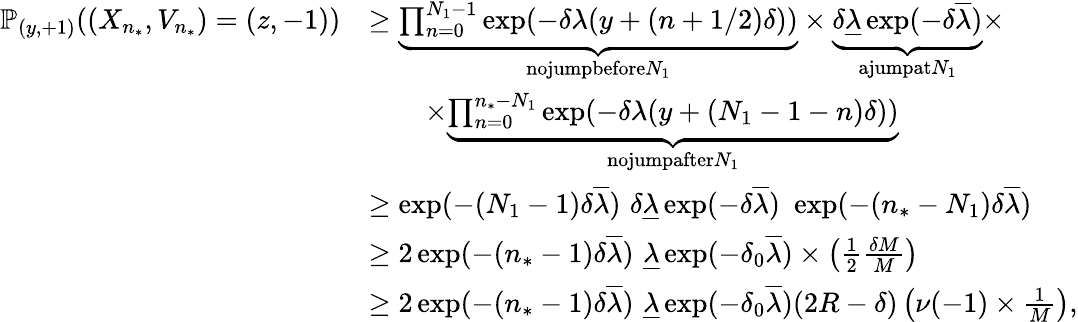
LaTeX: \begin{array}{rl}{\mathbb{P}_{(y,+1)}((X_{n_{*}},V_{n_{*}})=(z,-1))}&{\geq\underbrace{\prod_{n=0}^{N_{1}-1}\exp(-\delta\lambda(y+(n+1/2)\delta))}_{\textnormal{nojumpbefore}N_{1}}\times\underbrace{\delta\underline{{\lambda}}\exp(-\delta\overline{{\lambda}})}_{\textnormal{ajumpat}N_{1}}\times}\\ &{\qquad\times\underbrace{\prod_{n=0}^{n_{*}-N_{1}}\exp(-\delta\lambda(y+(N_{1}-1-n)\delta))}_{\textnormal{nojumpafter}N_{1}}}\\ &{\geq\exp(-(N_{1}-1)\delta\overline{{\lambda}})\, \, \delta\underline{{\lambda}}\exp(-\delta\overline{{\lambda}})\, \, \exp(-(n_{*}-N_{1})\delta\overline{{\lambda}})}\\ &{\geq 2\exp(-(n_{*}-1)\delta\overline{{\lambda}})\, \, \underline{{\lambda}}\exp(-\delta_{0}\overline{{\lambda}})\times\left(\frac{1}{2}\frac{\delta M}{M}\right)}\\ &{\geq 2\exp(-(n_{*}-1)\delta\overline{{\lambda}})\, \, \underline{{\lambda}}\exp(-\delta_{0}\overline{{\lambda}})(2R-\delta)\left(\nu(-1)\times\frac{1}{M}\right),}\end{array}